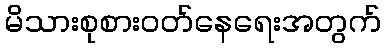
မိသားစုစားဝတ်နေရေးအတွက်